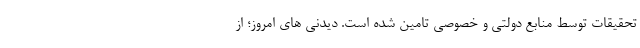
تحقیقات توسط منابع دولتی و خصوصی تامین شده است. دیدنی های امروز؛ از